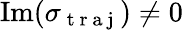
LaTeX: \mathrm{Im}(\sigma_{\mathrm{~t~r~a~j~}})\neq 0